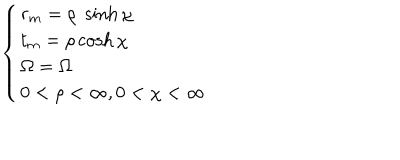
LaTeX: \left\{ \begin{array} { l l l } { { r _ { m } = \rho \; \sinh \chi } } & { { } } \\ { { t _ { m } = \rho \cosh \chi } } & { { } } \\ { { \Omega = \Omega } } & { { } } \\ { { 0 < \rho < \infty , 0 < \chi < \infty } } \\ \end{array} \right.